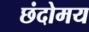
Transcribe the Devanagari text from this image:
छंदोमय